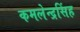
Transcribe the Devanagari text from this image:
कमलेन्द्रसिंह